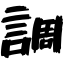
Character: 調